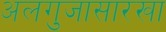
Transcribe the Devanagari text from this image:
अलगुजासारखा